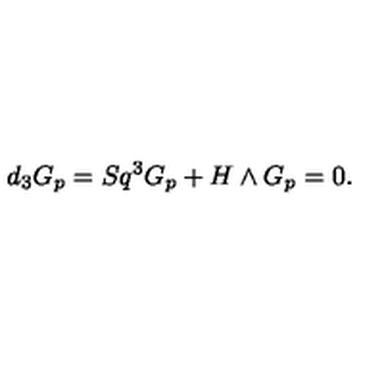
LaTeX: d _ { 3 } G _ { p } = S q ^ { 3 } G _ { p } + H \wedge G _ { p } = 0 .